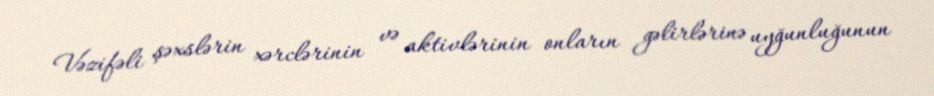
Vəzifəli şəxslərin xərclərinin və aktivlərinin onların gəlirlərinə uyğunluğunun